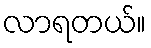
လာရတယ်။